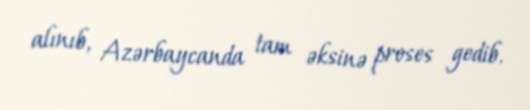
alınıb, Azərbaycanda tam əksinə proses gedib.